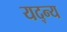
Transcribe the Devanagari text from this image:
यद्न्य